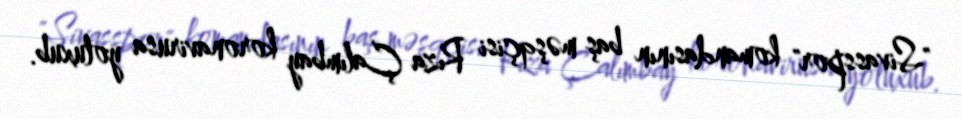
"Sivasspor" komandasının baş məşqçisi Rıza Çalımbay koronavirusa yoluxub.